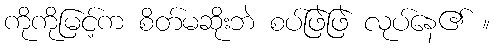
ကိုကိုမြင့်က စိတ်မဆိုးဘဲ စပ်ဖြဲဖြဲ လုပ်နေ၏ ။